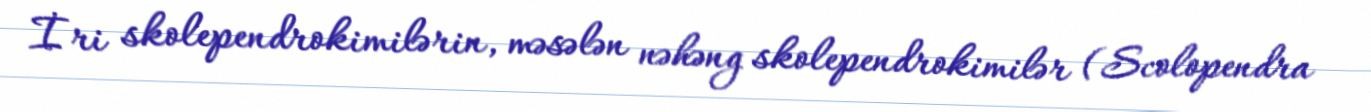
İri skolependrokimilərin, məsələn nəhəng skolependrokimilər (Scolopendra